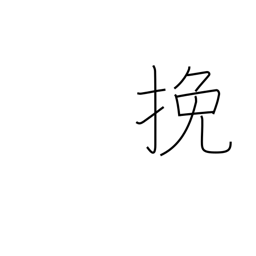
Meaning: saw